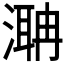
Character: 𣼚